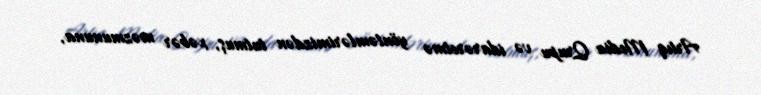
Artıq Media Qrupu və idarəretmə yöntəmlərimizdən tutmuş, xəbər məzmununa,